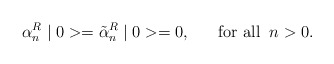
\begin{align*}\alpha^R_n\mid 0>=\tilde{\alpha}^R_n\mid 0>=0,\;\;\;\;\;\;\mbox{for all}\;\;n>0.\end{align*}